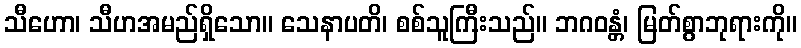
သီဟော၊ သီဟအမည်ရှိသော။ သေနာပတိ၊ စစ်သူကြီးသည်။ ဘဂဝန္တံ၊ မြတ်စွာဘုရားကို။